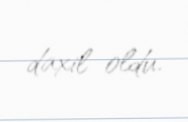
daxil oldu.